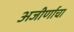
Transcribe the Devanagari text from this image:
अजीर्णाचा